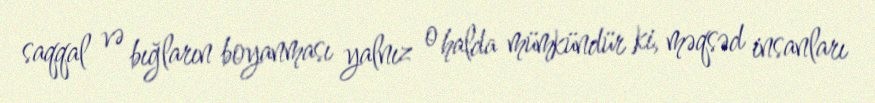
saqqal və bığların boyanması yalnız o halda mümkündür ki, məqsəd insanları